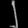
Digit: ၂